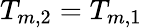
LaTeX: T_{m,2}=T_{m,1}